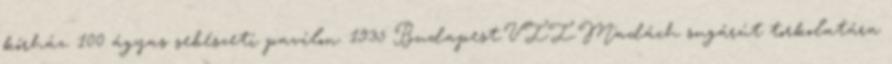
kórház. 100 ágyas sebészeti pavilon. 1935 Budapest.VII.Madách sugárút torkolatára